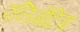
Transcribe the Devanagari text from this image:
एनिमेटिंग